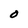
Character: O